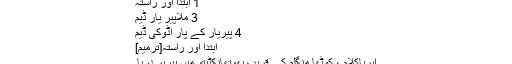
1 ابتدا اور راستہ
3 ملاپیر یار ڈیم
4 پیریار کے پار اڈوکی ڈیم
ابتدا اور راستہ[ترمیم]
ایریاکلام ، کوٹھا منگلم کے قریب بھوتھانکٹیتو میں پیریر دریا۔